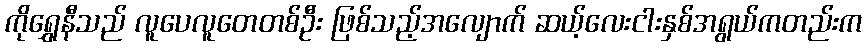
ကိုရွှေနီသည် လူပေလူတေတစ်ဦး ဖြစ်သည့်အလျောက် ဆယ့်လေးငါးနှစ်အရွယ်ကတည်းက